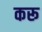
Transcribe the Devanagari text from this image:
करू